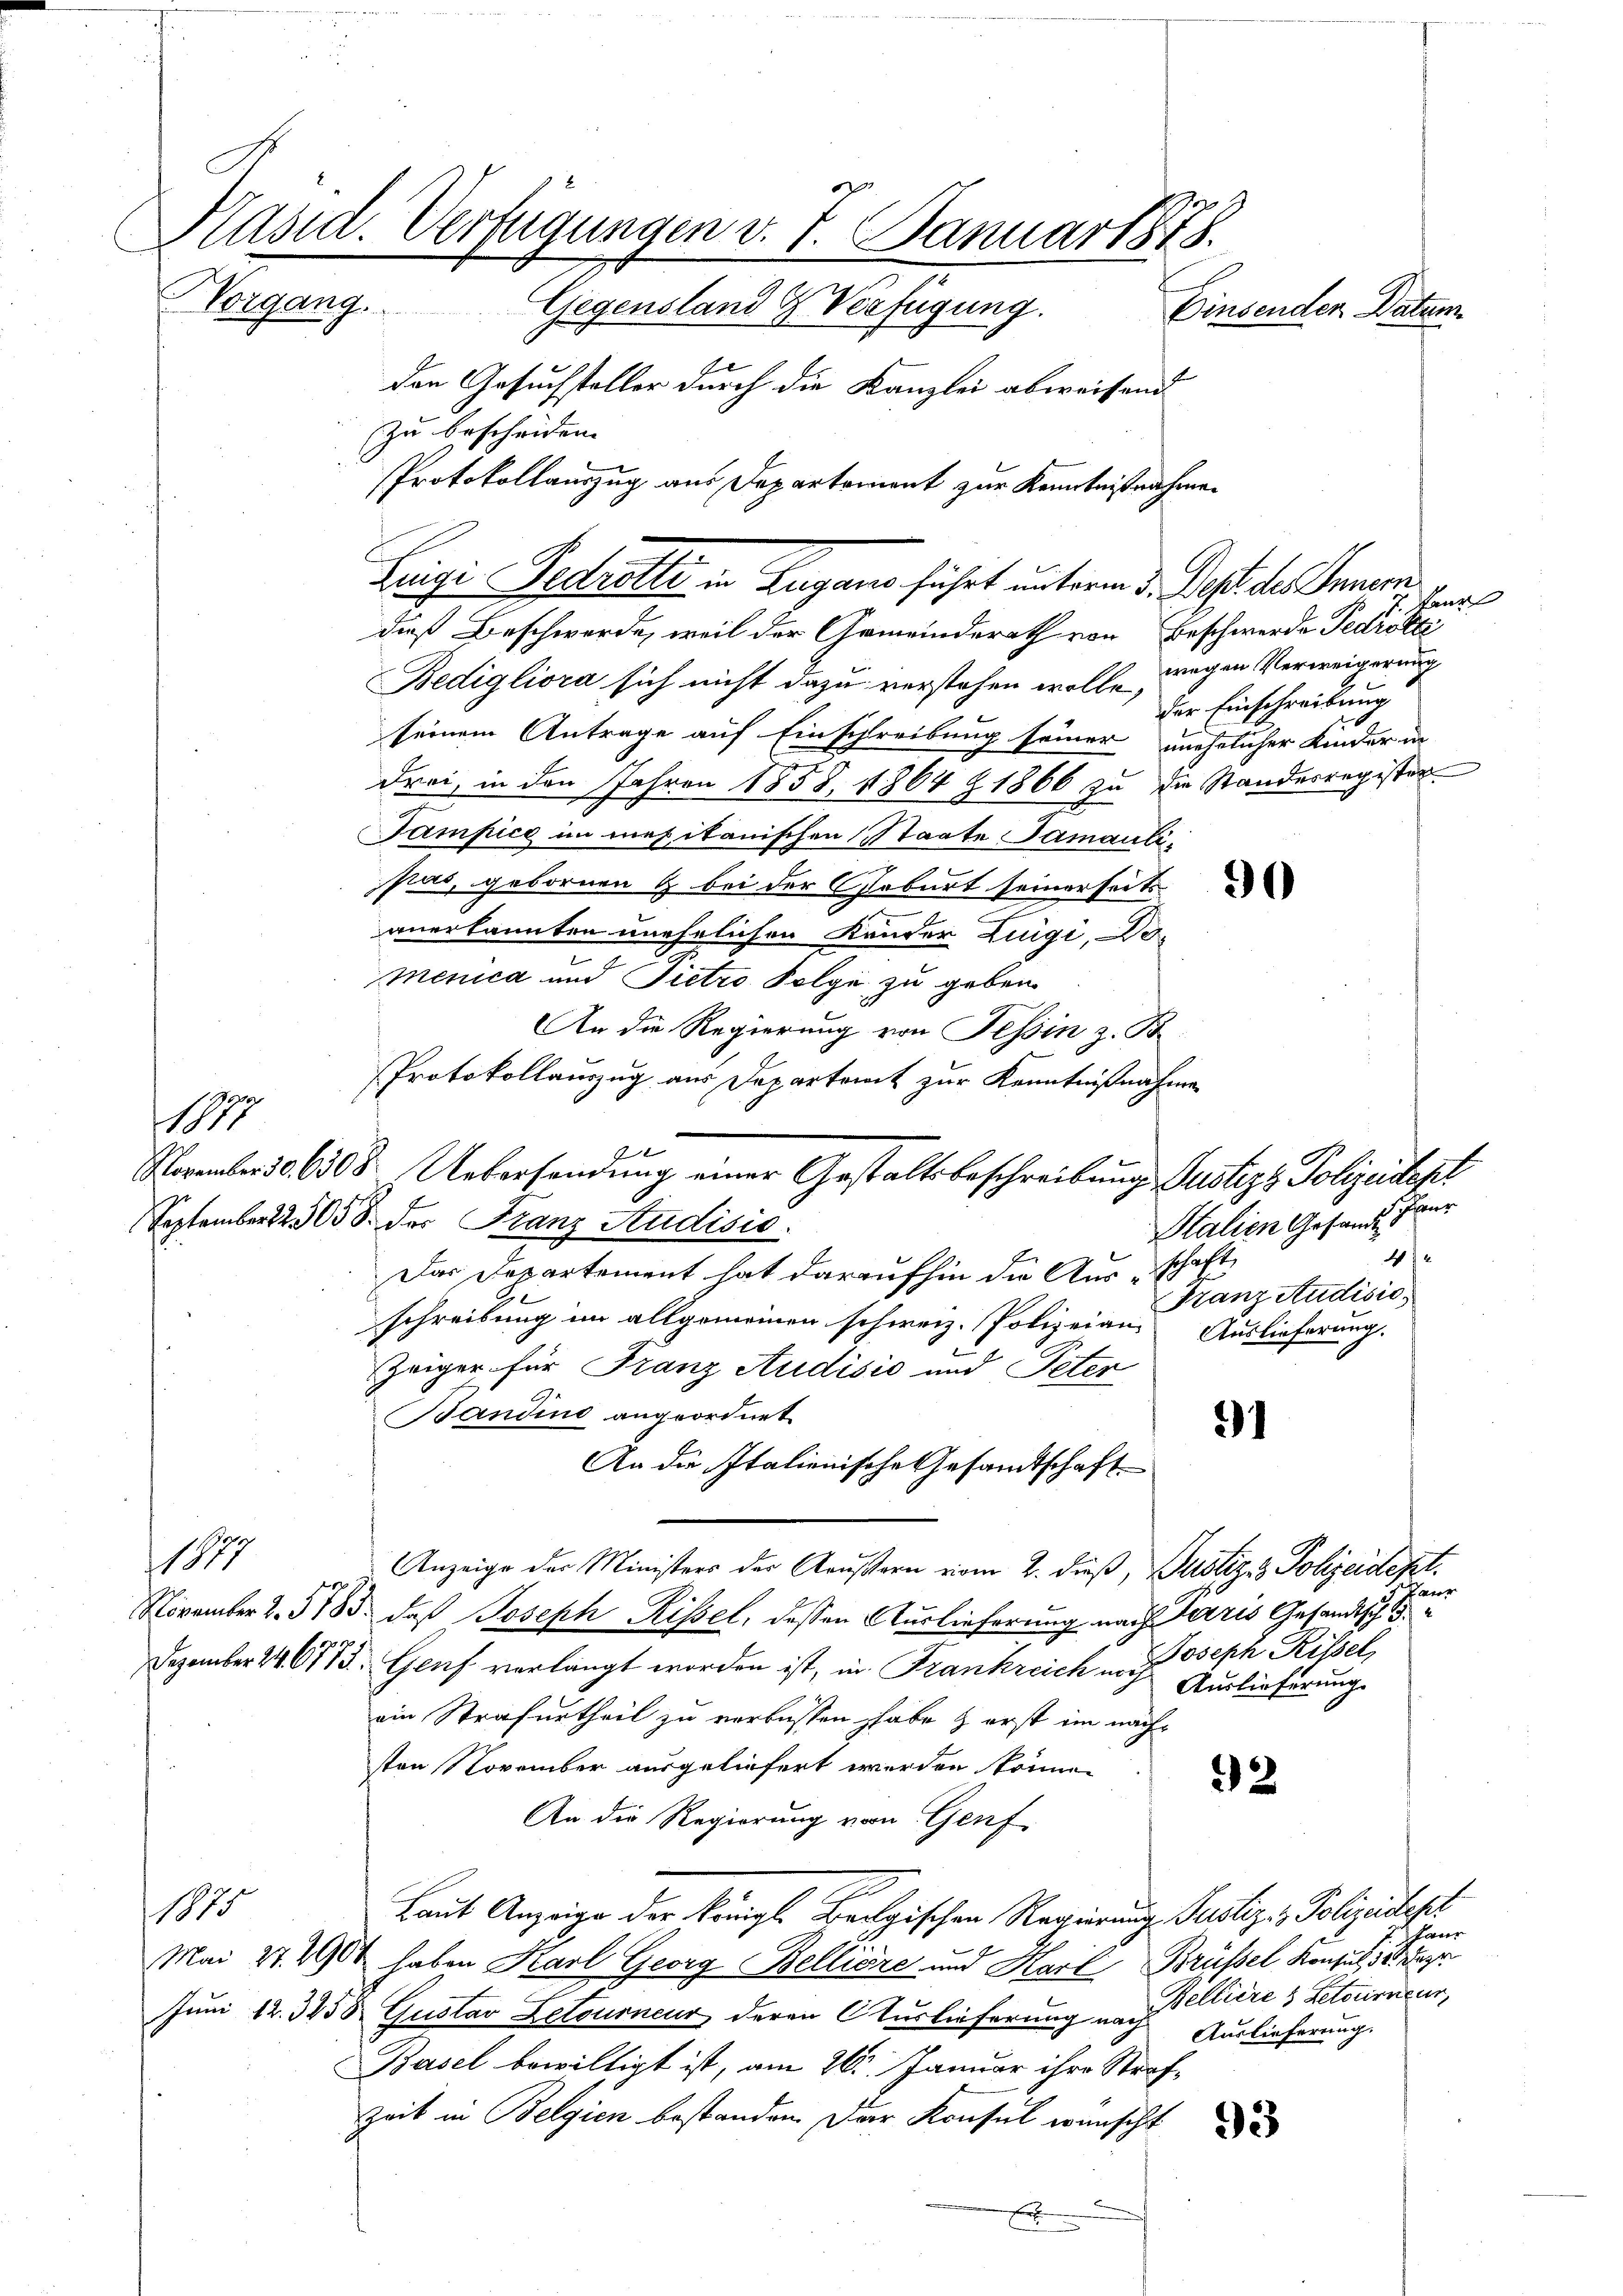
dieß Beschwerde, weil der Gemeinderath von Beschwerde Fedrötte
Bedigliora sich nicht dazu verstehen wolle, wegen Verweigerung
seinem Antrage auf Einschreibung seiner unehrlicher Kinder in
drei, in den Jahren 1858, 1864 Z 1866 zu die Standesregister
Tampice in mexikanischen Staate Samaulipas, gebornen & bei der Geburt seinerseits
anerkannten unehelichen Kander Lingi, Domenica und Pietro Folge zu geben
An die Regierung von Tessin z. B.
Protokollanzug aus Departamt zur Kenntnißnahme
September 25058. der Franz Studisić.
Das Departement hat daraufhin die Ausschaft
schreibung im allgemeinen schweiz. Polizeian Auslieferung.
Zeiger für Franz Audisić und Peter
Bandind angeordnet
An die Italienische Gesandtschaft
1817.
Anzeige der Ministers der Aeußern vom 2. dieß, Justiziz. Polizeidept.
November 2. 573. daß Joseph Rissel, dessen Auslieferung nach Terris Gesandtsch d
Dezember 146773. Genf verlangt worden ist, in Frankreich in Joseph Rissel,
Auslieferung.
ein Strafurtheil zu verlassen habe & erst im nachsten November ausgeliefert werden können
2
An die Regierung vom Genf
7
1815
Laut Anzeige der Königl. Bergischen Regierung Justiz- & Polizeisteht
Mai 27. 1904 haben Karl Georg Belliere und Harl, Brüssel konsul de
Juni 12. 3258 Gustav Letourneur deren Auslieferung nach Celliere, Retorinneur,
Auslieferung.
Basel bewilligt ist, am 26. Januar ihre Straf¬
Zeit in Belgien bestanden. Der Konsul wünscht
x

187

Päsid. Verfügungen v. 7. Januar 1878.
Vorgang. Gegensland & Verfügung.
Einsenden Datum
den Gesuchsteller durch die Kanzlei abweisend
zu bescheiden. |
Protokollauszug aus Departement zur Kenntnißnahmen

Leige Gedrette in Zugano führt unterm 3. Dest. des Innern

e

November 30. 6508. Uebersendung einer Gestaltsbeschreibung Justiz & Polizeidept

kan
der Einschreibung
.

Halien Gesandt Paur
4
Franz Audisić,

91

verr

hane